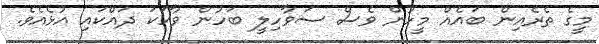
މީގެ ތެރެއިން ބައެއް މީހުން ވެސް ސަވާހިލީ ބަހުން ވާހަކަ ދައްކައި އުޅެއެވެ.